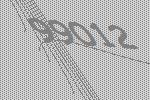
99012